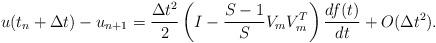
LaTeX: \begin{align*}u(t_n+\Delta t)-u_{n+1} =\frac{\Delta t^2}{2} \left(I- \frac{S-1}{S}V_mV_m^T \right)\frac{df(t)}{dt} + O(\Delta t^2).\end{align*}